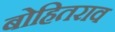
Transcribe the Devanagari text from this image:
बोहितराव